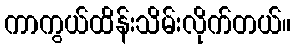
ကာကွယ်ထိန်းသိမ်းလိုက်တယ်။